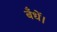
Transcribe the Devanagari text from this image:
बँधें।